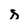
Character: s